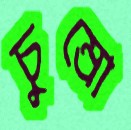
চুম্‌রো